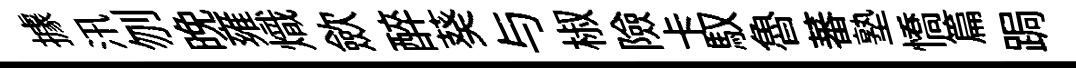
據汛刎晚雍熾歛醉葵与椒險卡馭魯蕃塾憍篇跼